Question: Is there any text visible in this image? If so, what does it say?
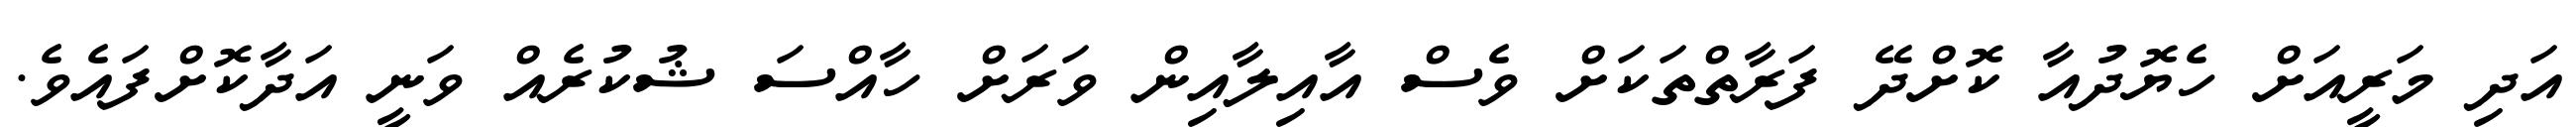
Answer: އަދި މަރީއަށް ހެޔޮދުއާ ކޮށްދޭ ފަރާތްތަކަށް ވެސް އާއިލާއިން ވަރަށް ހާއްސަ ޝުކުރެއް ވަނީ އަދާކޮށްފައެވެ.